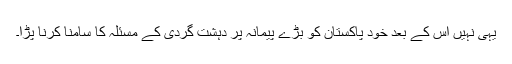
یہی نہیں اس کے بعد خود پاکستان کو بڑے پیمانہ پر دہشت گردی کے مسئلہ کا سامنا کرنا پڑا۔